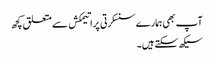
آپ بھی ہمارے سنسکرتی پراتیمکش سے متعلق کچھ
سیکھ سکتے ہیں۔